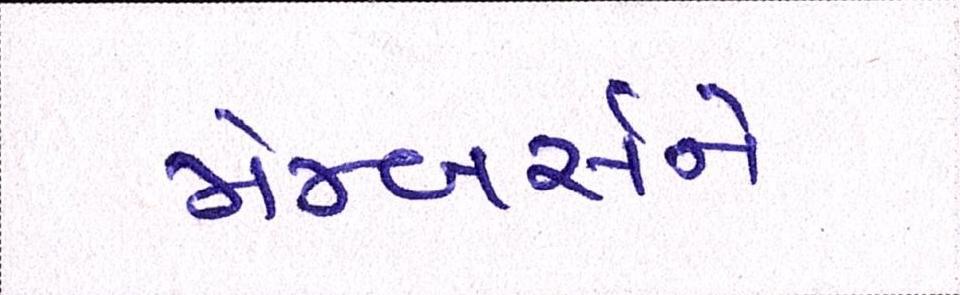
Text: મેમ્બર્સને